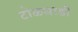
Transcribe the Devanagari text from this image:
टोळधाडी